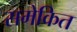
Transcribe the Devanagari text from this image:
समेकित